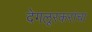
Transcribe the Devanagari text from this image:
देगलूरकरांचा